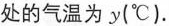
处的气温为y(°C).